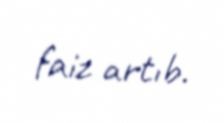
faiz artıb.